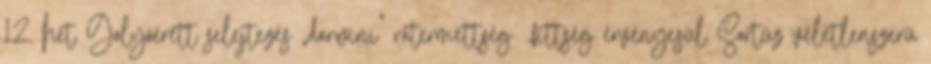
12. hét Golyóérett selejtezés „darwini” rátermettség fittség érvényesül Sortűz véletlenszerű